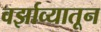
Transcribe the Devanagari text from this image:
वर्झाव्यातून